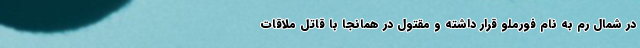
در شمال رم به نام فورملو قرار داشته و مقتول در همانجا با قاتل ملاقات